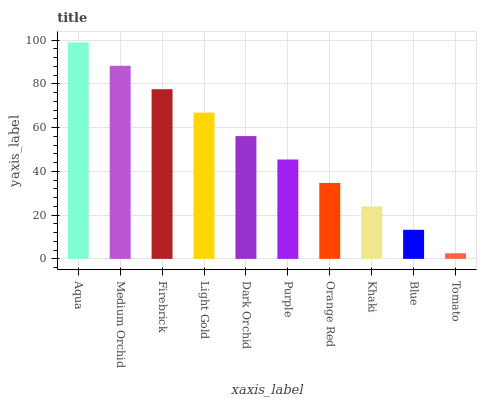
| xaxis_label | bars |
 | --- | --- |
 | Aqua | 99 |
 | Medium Orchid | 88.3 |
 | Firebrick | 77.6 |
 | Light Gold | 66.9 |
 | Dark Orchid | 56.1 |
 | Purple | 45.4 |
 | Orange Red | 34.7 |
 | Khaki | 24 |
 | Blue | 13.3 |
 | Tomato | 2.57 |